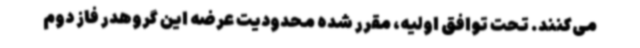
می‌کنند. تحت توافق اولیه، مقرر شده محدودیت عرضه این گروهدر فاز دوم